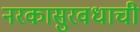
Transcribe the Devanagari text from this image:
नरकासुरवधाची